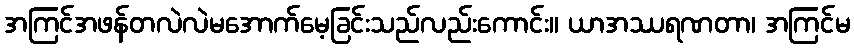
အကြင်အဖန်တလဲလဲမအောက်မေ့ခြင်းသည်လည်းကောင်း။ ယာအဿရဏတာ၊ အကြင်မ